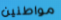
مواطنين